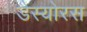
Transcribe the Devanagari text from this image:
डैस्योरस